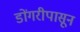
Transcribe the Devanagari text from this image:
डोंगरीपासून